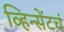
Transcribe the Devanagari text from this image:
व्हिन्सेंटचं